Calcutta medical institutions reports 1871-78
Year: 1871
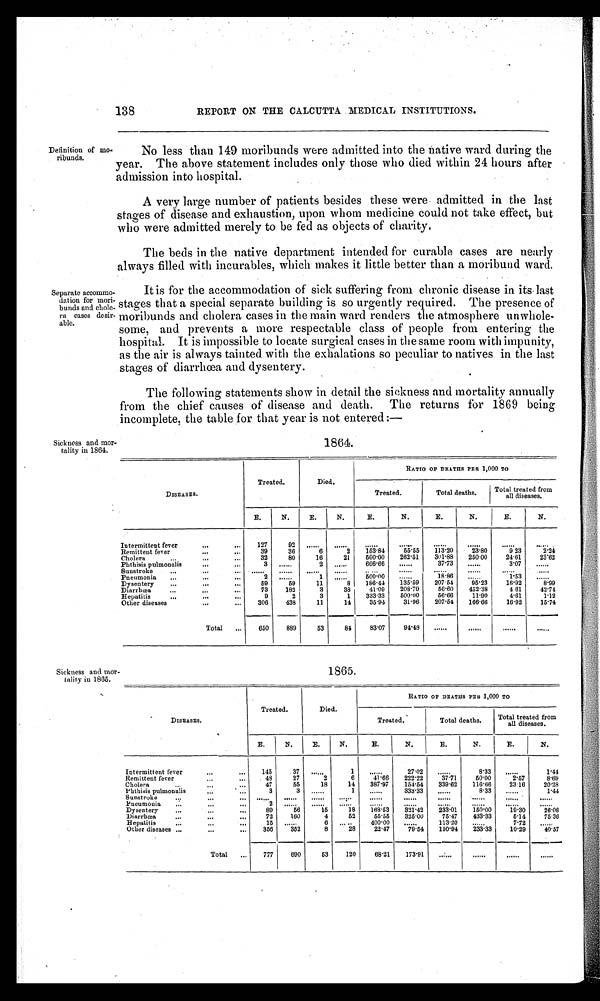
138
REPORT ON THE CALCUTTA MEDICAL INSTITUTIONS.
Definition of moribunds No less than 149 moribunds were admitted into the native ward during the
year. The above statement includes only those who died within 24 hours after
admission into hospital.
A very large number of patients besides these were admitted in the last
stages of disease and exhaustion, upon whom medicine could not take effect, but
who were admitted merely to be fed as objects of charity.
The beds in the native department intended for curable cases are nearly
always filled with incurables, which makes it little better than a moribund ward.
Separ at e accommodat i on f or mor i bunds and chol er a cases desi r abl e.
It is for the accommodation of sick suffering from chronic disease in its last
stages that a special separate building is so urgently required. The presence of
moribunds and cholera cases in the main ward renders the atmosphere unwhole-
some, and prevents a more respectable class of people from entering the
hospital. It is impossible to locate surgical cases in the same room with impunity,
as the air is always tainted with the exhalations so peculiar to natives in the last
stages of diarrhœa and dysentery.
The following statements show in detail the sickness and mortality annually
from the chief causes of disease and death. The returns for 1869 being
incomplete, the table for that year is not entered:—
Sickness and mor-
tality in 1864.
1864.
DISEASES.
Treated.
Died.
RATIO OF DEATHS PER 1,000 TO
Treated.
Total deaths.
Total treated f r o m
all diseases.
E.
N.
E.
N.
E.
N.
E.
N.
E.
N.
Intermittent fever
127
92
. . . . . .
. . . . . .
. . . . . .
. . . . . .
. . . . . .
. . . . . .
. . . . . .
. . . . . .
Remittent fever
39
36
6
2
153·84
55·55
113·20
23·80
9 23
2·24
Cholera
32
80
16
21
500·00
262·51
301·88
250·00
24·61
23·62
Phthisis pulmonalis.
3
. . . . . .
2
. . . . . .
666·66
. . . . . .
37·73
. . . . . .
3·07
. . . . . .
Sunstroke
. . . . . .
. . . . . .
. . . . . .
. . . . . .
. . . . . .
. . . . . .
. . . . . .
. . . . . .
. . . . . .
. . . . . .
Pneumonia
2
. . . . . .
1
. . . . . .
500·00
. . . . . .
18·86
. . . . . .
1·53
.........
Dysentery
59
59
11
8
186·44
135·59
207·54
95·23
16·92
8·99
Diarrhœa
73
182
3
38
41·09
208·79
56·60
452·38
4·61
42·74
Hepatitis
9
2
3
1
333·33
500·00
56·66
11·90
4·61
1· 12
Other diseases
306
438
11
14
35·94
31·96
207·54
166·66
16·92
15·74
Total
650
889
53
84
83·07
94·48 ......
. . . . . .
. . . . . .
......
Sickness and mor-
tality in 1865.
1865.
DISEASES.
Treated.
Died.
RATIO OF DEATHS PER 1,000 TO
Treated.
Total deaths.
Total treated from
all diseases.
E.
N.
E.
N.
E.
N.
E.
N.
E.
N.
Intermittent fever
145
37
......
1
......
27·02
......
8·33
. . . . . .
1·44
Remittent fever
48
27
2
6
41·66
222·22
37·71
50·00
2·57
8·69
Cholera
47
55
18
14
387·97
154·54
339·62
116·66
23·16
20·28
Phthisis pulmonalis
3
3
. . . . . .
1
. . . . . . 333·33
. . . . . .
8·33
. . . . . .
1·44
Sunstroke
. . . . . .
. . . . . .
. . . . . .
. . . . . .
. . . . . .
. . . . . .
. . . . . .
. . . . . .
. . . . . .
. . . . . .
Pneumonia
2
. . . . . .
. . . . . .
. . . . . .
......
...... ......
......
. . . . . .
. . . . . .
Dysentery
89
56
15
18
168·53
321·42
233·01
150·00
19·30
26·08
Diarrhœa
72
160
4
52
55·55
325·00
75·47
433·33
5·14
75·36
Hepatitis
15
. . . . . .
6
. . . . . .
400·00
. . . . . .
113·20
. . . . . .
7·72
. . . . . .
Other diseases
356
352
8
28
22·47
79·54
150·94
233·33
10·29
40·57
Total
777
690
53
120
68·21
173·91
. . . . . .
......
. . . . . .......